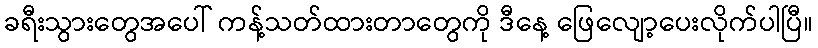
ခရီးသွားတွေအပေါ် ကန့်သတ်ထားတာတွေကို ဒီနေ့ ဖြေလျော့ပေးလိုက်ပါပြီ။